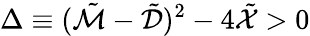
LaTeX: \Delta\equiv(\tilde{\mathcal{M}}-\tilde{\mathcal{D}})^{2}-4\tilde{\mathcal{X}}>0